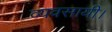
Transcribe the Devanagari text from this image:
व्यवसायी।